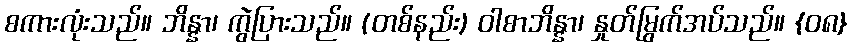
စကားလုံးသည်။ ဘိန္နာ၊ ကွဲပြားသည်။ (တစ်နည်း) ဝါစာဘိန္နာ၊ နှုတ်မြွက်အပ်သည်။ {၀၈}